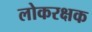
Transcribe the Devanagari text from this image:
लोकरक्षक